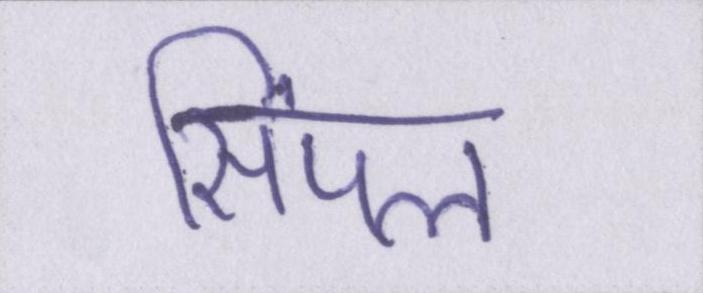
सिंपल